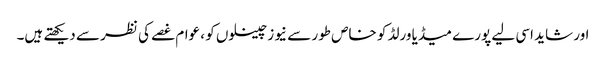
اور شاید اسی لیے پورے میڈیا ورلڈ کو خاص طور سے نیوز چینلوں کو ، عوام غصے کی نظر سے دیکھتے ہیں۔